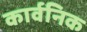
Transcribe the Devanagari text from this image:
कार्वनिक